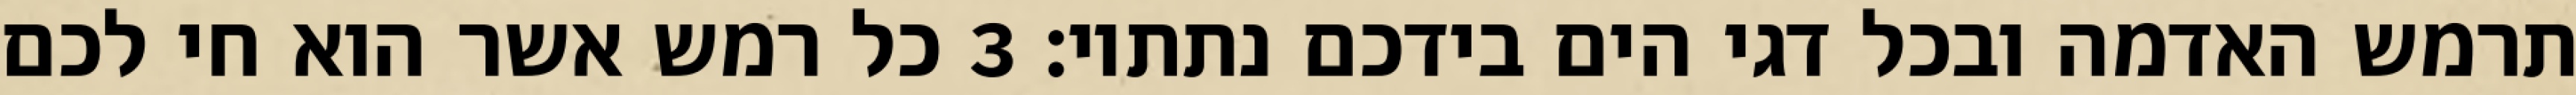
תרמש האדמה ובכל דגי הים בידכם נתתיו׃ ‎3‏ כל רמש אשר הוא חי לכם